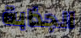
الجذابة